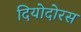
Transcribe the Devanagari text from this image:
दियोदोरस